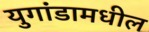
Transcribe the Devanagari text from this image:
युगांडामधील